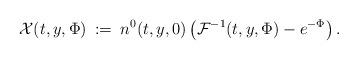
LaTeX: \begin{align*} \mathcal{X}(t,y,\Phi) \: := \: n^0(t,y,0) \left( \mathcal{F}^{-1}(t,y,\Phi) - e^{-\Phi} \right).\end{align*}